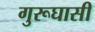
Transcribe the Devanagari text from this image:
गुरूघासी